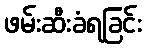
ဖမ်းဆီးခံရခြင်း